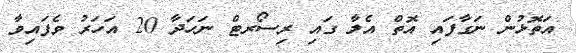
އަތޮޅުން ނަގާފައި އޮތް އެލާ ގައި ރިސޯރޓް ނަހަދާ 20 އަހަރު ވެފައިވާ